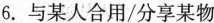
6.与某人合用/分享某物